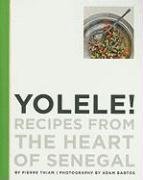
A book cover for Yolele!  Recipes From the Heart of Senegal; Pierre Thiam; Cookbooks, Food & Wine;